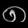
Digit: ၈